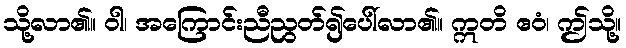
သို့လာ၏။ ဝါ၊ အကြောင်းညီညွတ်၍ပေါ်လာ၏။ ဣတိ ဧဝံ၊ ဤသို့။